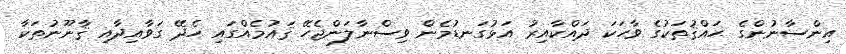
އިންސާނުންގެ ޙައްޤުތަކުގެ ވާހަކަ ދައްކާއިރު އަޅުގަނޑުމެން ވިސްނާލަންޖެހޭ ޤައުމެއްގައި ހެދޭ ގަވާއިދާއި ޤާނޫނުތަކާ